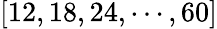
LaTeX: [12,18,24,\cdots,60]